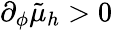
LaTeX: \partial_{\phi}\tilde{\mu}_{h}>0